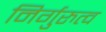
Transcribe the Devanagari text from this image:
निर्गुरुत्व